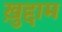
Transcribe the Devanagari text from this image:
ख़ुद्दाम